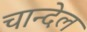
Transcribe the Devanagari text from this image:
चान्देल